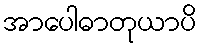
အာပေါဓာတုယာပိ